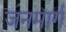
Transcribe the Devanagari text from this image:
जनमार्ग